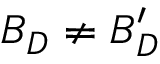
B _ { D } \neq B _ { D } ^ { \prime }